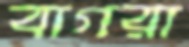
বাগরা